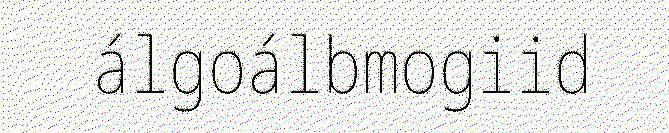
álgoálbmogiid